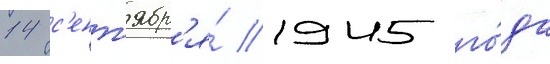
14 с'ент'ябр'я́ 1945 го́да